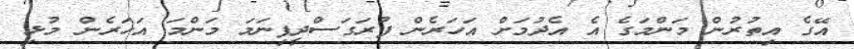
އޭގެ އިތުރުން މަންމަގެ އެ އެދުމަށް އަހަރެން ފުރަގަސްދީފިނަމަ މަންމަ އަހަރެން މުޅި